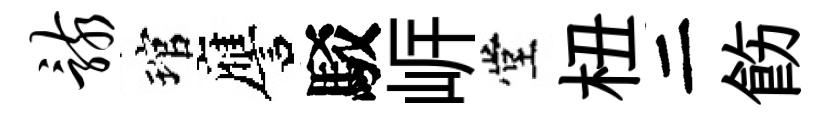
骸琯譍駁㟁堂杻二飭